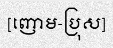
[ញោម-ប្រុស]